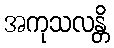
အကုသလန္တိ